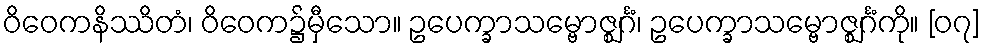
ဝိဝေကနိဿိတံ၊ ဝိဝေက၌မှီသော။ ဥပေက္ခာသမ္ဗောဇ္ဈင်္ဂံ၊ ဥပေက္ခာသမ္ဗောဇ္ဈင်္ဂံကို။ [၀၇]